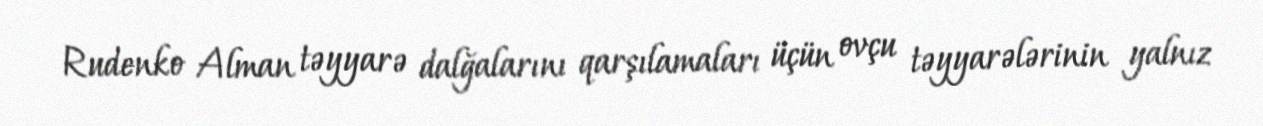
Rudenko Alman təyyarə dalğalarını qarşılamaları üçün ovçu təyyarələrinin yalnız